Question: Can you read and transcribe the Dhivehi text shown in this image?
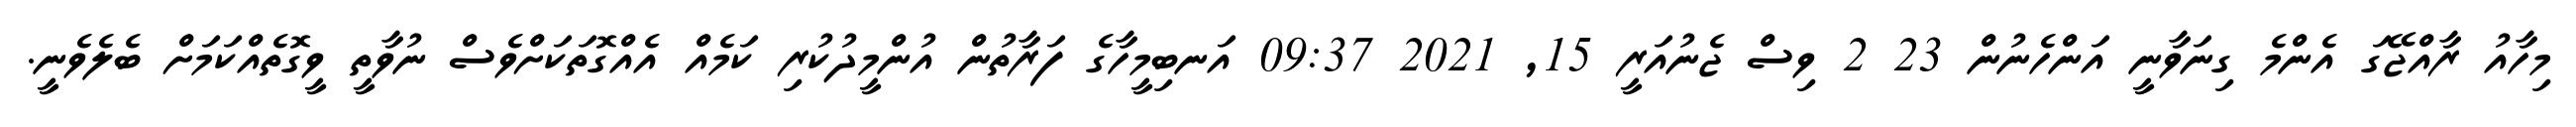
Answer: މިހާއު ރާއްޖޭގަ އެންމެ ގިނަވާނީ އަންހެނުން 23 2 ވިސް ޖެނުއަރީ 15, 2021 09:37 އަނބިމީހާގެ ފަރާތުން އުންމީދުކުރި ކަމެއް އެއްގޮތަކަށްވެސް ނުވާތީ ވީގޮތެއްކަމަށް ބެލެވެނީ.